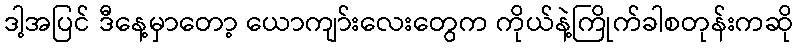
ဒါ့အပြင် ဒီနေ့မှာတော့ ယောကျာ်းလေးတွေက ကိုယ်နဲ့ကြိုက်ခါစတုန်းကဆို